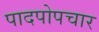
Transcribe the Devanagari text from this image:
पादपोपचार